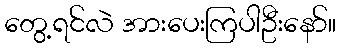
တွေ့ရင်လဲ အားပေးကြပါဦးနော်။